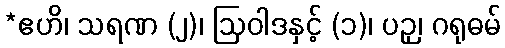
*ဧဟိ၊ သရဏ (၂)၊ ဩဝါဒနှင့် (၁)၊ ပဉှ၊ ဂရုဓမ်